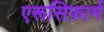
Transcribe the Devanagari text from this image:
एरूसिफ़ार्म